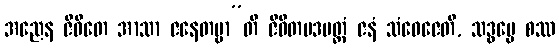
အညေန ဇီဝိတေ အာသာ ဇနေတဗ္ဗာ”တိ ဇီဝိတမဒမတ္တံ ဇနံ သံဝေဇေတိ, သဒ္ဓမ္မေ စဿ